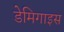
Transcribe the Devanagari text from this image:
डेमिगाइस